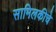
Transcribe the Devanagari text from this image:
सामिलकीचे